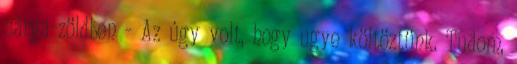
sárga-zöldben - Az úgy volt, hogy ugye költöztünk. Tudom,